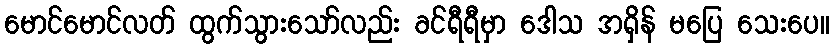
မောင်မောင်လတ် ထွက်သွားသော်လည်း ခင်ရီရီမှာ ဒေါသ အရှိန် မပြေ သေးပေ။